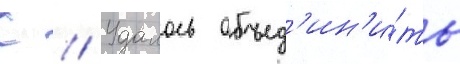
С // Удалось объед'ин'и́ть